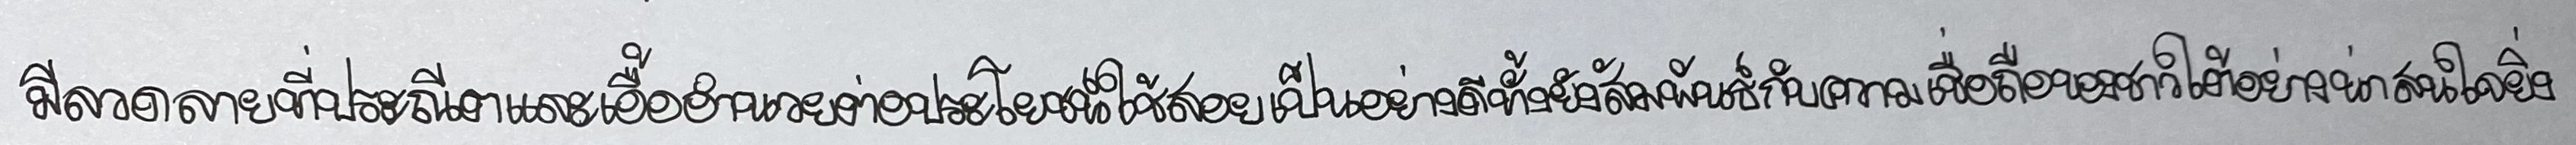
มีลวดลายที่ประณีตและเอื้ออำนวยต่อประโยชน์ใช้สอยเป็นอย่างดีทั้งยังสัมพันธ์กับความเชื่อถือของชาวใต้อย่างน่าสนใจยิ่ง